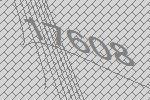
17608